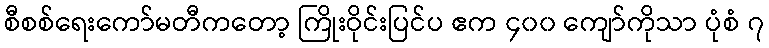
စီစစ်ရေးကော်မတီကတော့ ကြိုးဝိုင်းပြင်ပ ဧက ၄၀၀ ကျော်ကိုသာ ပုံစံ ၇